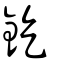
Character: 釳